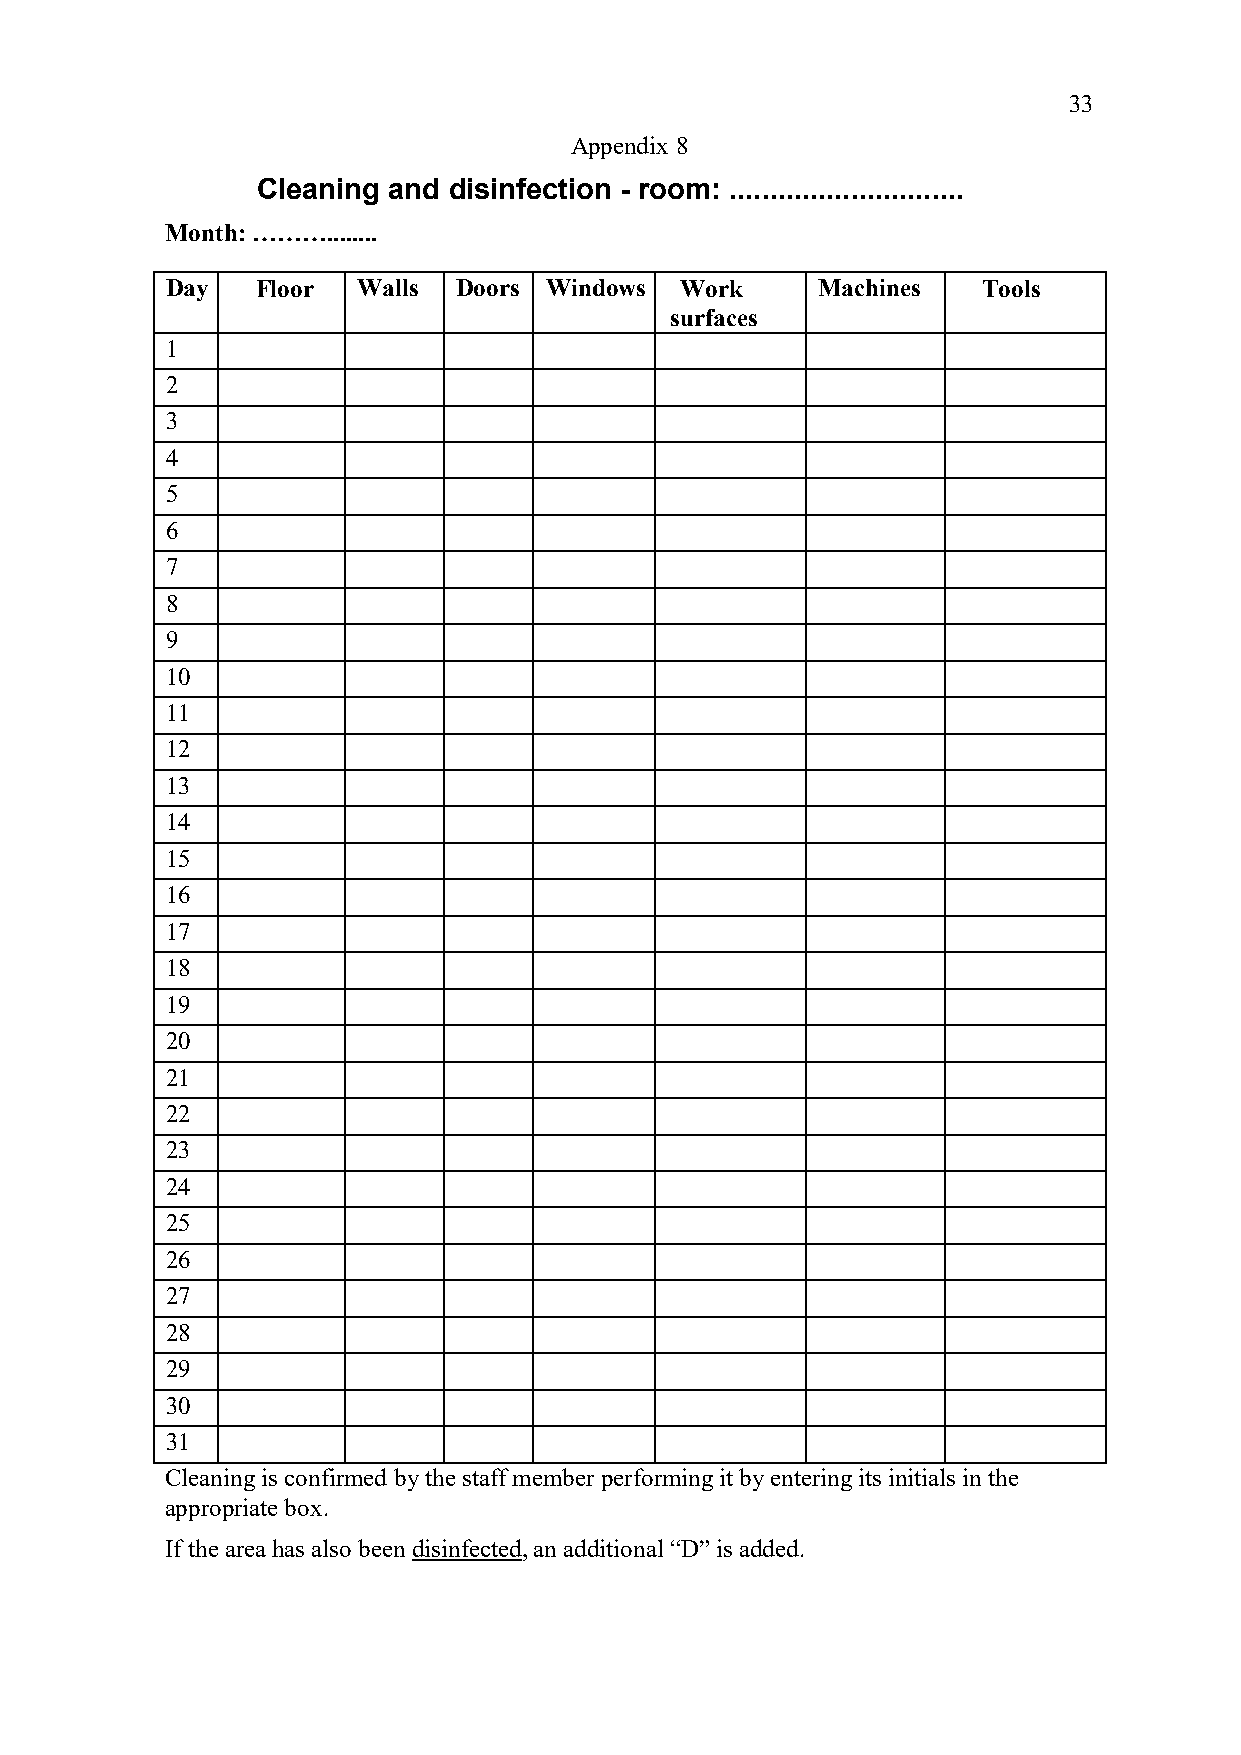
33
 Appendix 8
 Cleaning and disinfection - room: .............................
 Month: ………........
 Day   Floor  Walls Doors Windows  Work     Machines   Tools
 surfaces
 1
 2
 3
 4
 5
 6
 7
 8
 9
 10
 11
 12
 13
 14
 15
 16
 17
 18
 19
 20
 21
 22
 23
 24
 25
 26
 27
 28
 29
 30
 31
 Cleaning is confirmed by the staff member performing it by entering its initials in the
 appropriate box.
 If the area has also been disinfected, an additional “D” is added.